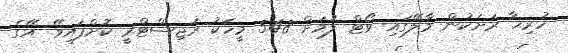
ހުރިހާ ރަށަކުން މާލޭގައި ވޯޓް ލުމަށް 548 މީހަކު ރަޖިސްޓްރީ ކޮށްފައިވޭ. އޭގެ